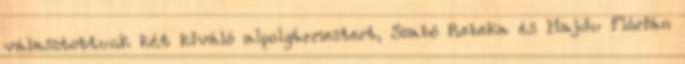
választottunk két kiváló alpolgármestert, Szabó Rebeka és Hajdu Flórián